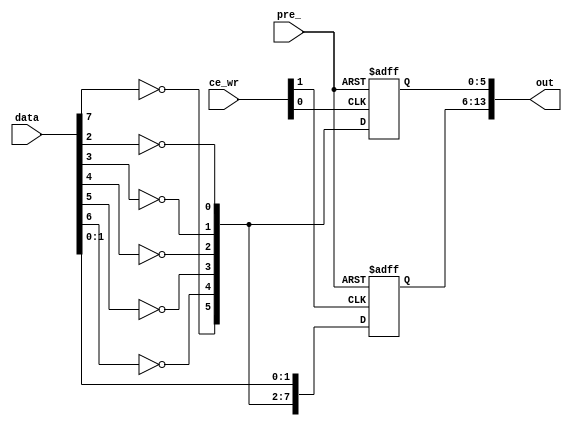
/*****************************************************************************
*  Copyright (c) 1999 Tundra Semiconductor Corp., Kanata, Ontario, CANADA
*  Function:       Internal Registers Module of the Board Controller
*  Change History: 26/01/00, WL, Changed the active level for out[8:15].
*				   15/02/00, WL, Changed the active level for out[2:15].
******************************************************************************/

//Presetable 14-bit registers
module registers (data, pre_, ce_wr, out);

   input [7:0] data;
   input pre_;
   input [1:0] ce_wr;
   output [15:2] out;

   integer i;

   reg  [15:2] out;
	// wire [15:2] out;
   wire temp0, temp1;

	assign temp0 = ce_wr[0];
	assign temp1 = ce_wr[1];
	//assign out[15:2] = 14'h3fff;

 	// 6-bit register with active-high clock & asynchronous preset
	always @ (posedge temp0 or negedge pre_) begin
		if (!pre_)
		  begin
		    out[7:2] = 6'h3f;		// physical output signals default 
									// are "Hi" (Feb. 15,00)
		  end
		else
		  begin
			for ( i = 2; i < 8; i = i + 1)	
			  begin
			 	out[i] = !data[i];	// set data[*] to "0", the physical output
									// signals out[*] are "Hi"; means disable.   
			  end
		  end
	end

	// 8-bit register with active-high clock & asynchronous preset
	always @ (posedge temp1 or negedge pre_) begin
		if (!pre_)
		  begin
			out[9:8] = 2'h0;		// defult are "Lo" (Jan. 26,00)
		    out[15:10] = 6'h3f;		// default are "Hi" (Jan. 26,00)
		  end
		else
		  begin
			for ( i = 2; i < 8; i = i + 1)
			  begin
			 	out[8+i] = !data[i];	// set data[*] to "1", the physical
										// signals out[*] are "Lo";
			  end						// means enable.
				
			out[8] = data[0];		// out[8:9] = "00", LEDs is OFF
			out[9] = data[1];   	// out[8:9] = "11", LEDs is ON		  
		  end
	end		// end of always
	
endmodule